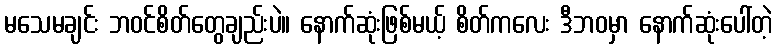
မသေမချင်း ဘဝင်စိတ်တွေချည်းပဲ။ နောက်ဆုံးဖြစ်မယ့် စိတ်ကလေး ဒီဘဝမှာ နောက်ဆုံးပေါ်တဲ့